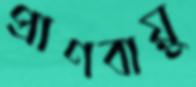
প্রাণবায়ু